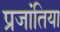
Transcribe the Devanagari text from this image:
प्रजांतिया